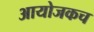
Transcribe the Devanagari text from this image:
आयोजकच